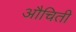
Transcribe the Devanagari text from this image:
औचिती